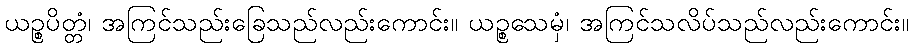
ယဉ္စပိတ္တံ၊ အကြင်သည်းခြေသည်လည်းကောင်း။ ယဉ္စသေမှံ၊ အကြင်သလိပ်သည်လည်းကောင်း။